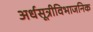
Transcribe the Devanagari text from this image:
अर्धसूत्रीविभाजनिक